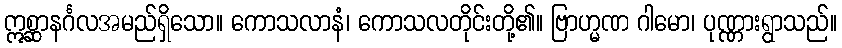
ဣစ္ဆာနင်္ဂလအမည်ရှိသော။ ကောသလာနံ၊ ကောသလတိုင်းတို့၏။ ဗြာဟ္မဏ ဂါမော၊ ပုဏ္ဏားရွာသည်။